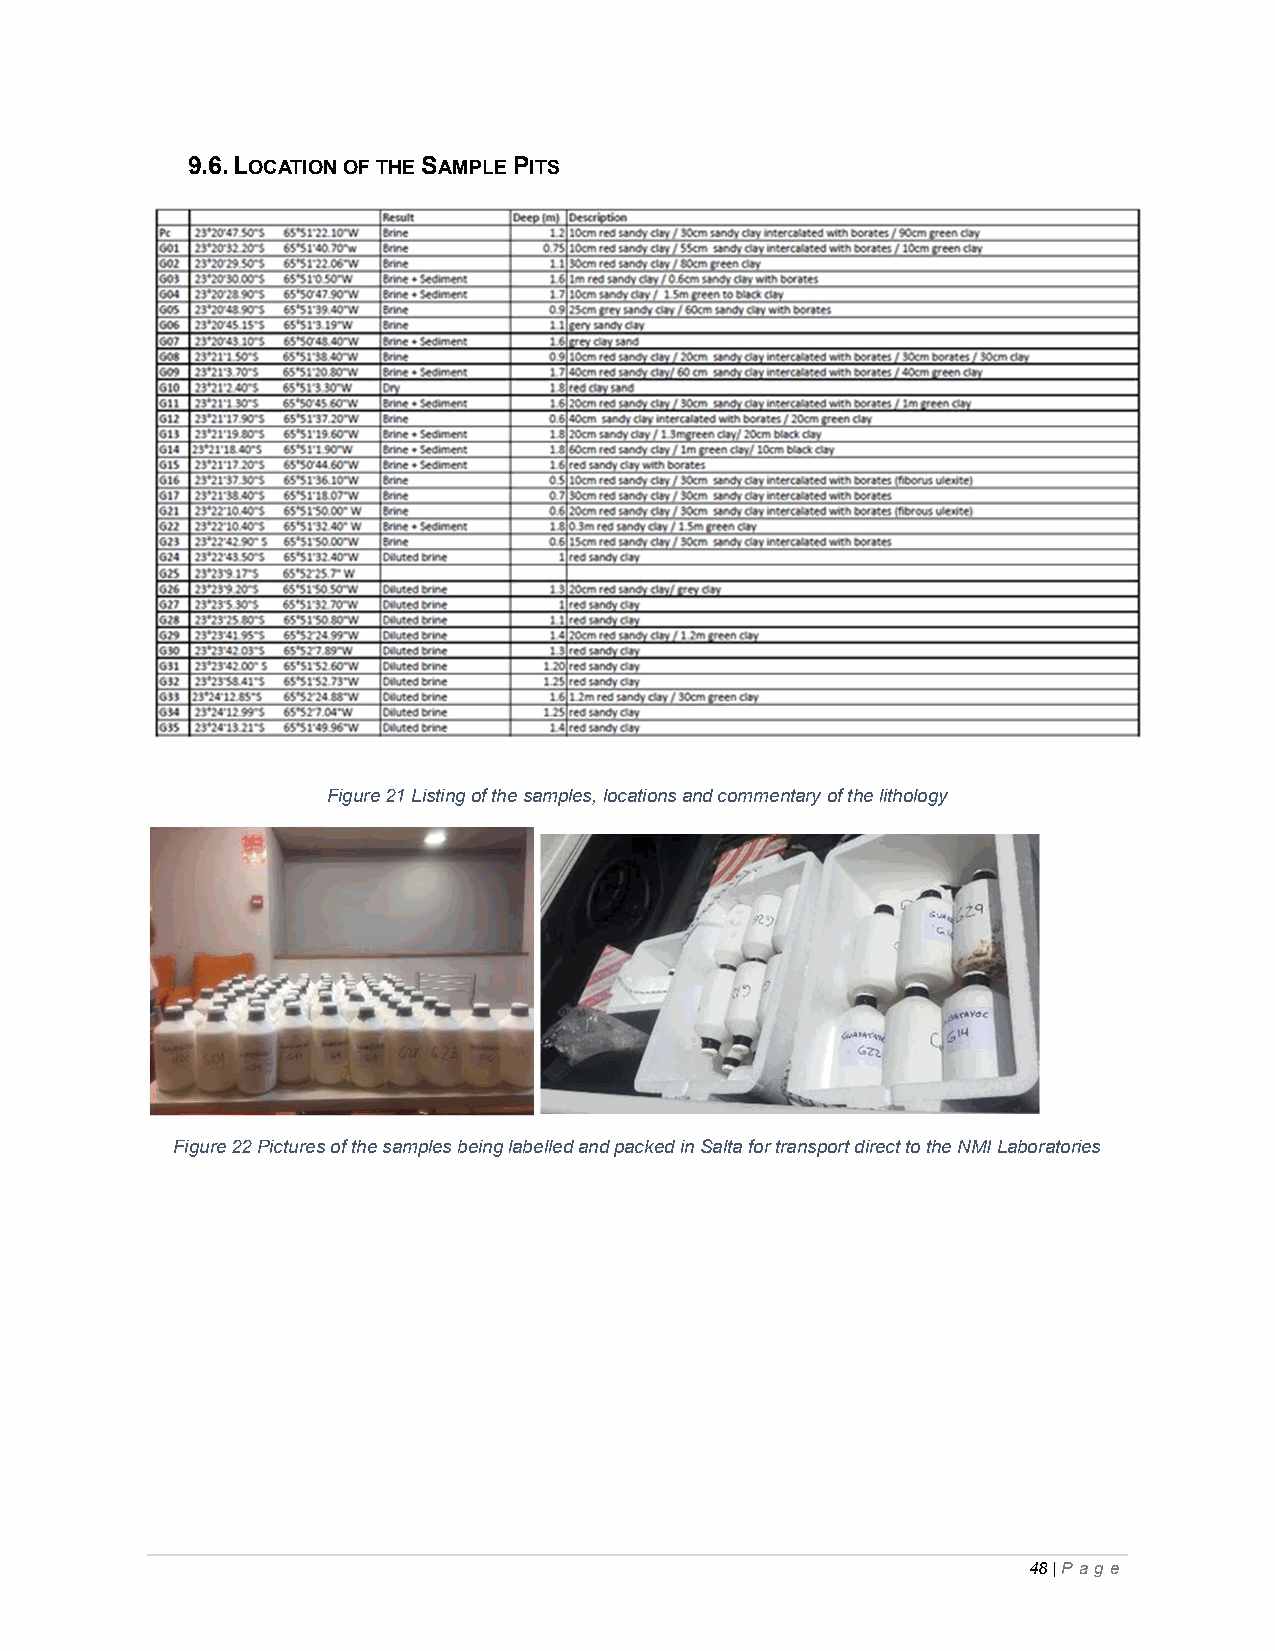
9.6. LOCATION OF THE SAMPLE PITS
 Figure 21 Listing of the samples, locations and commentary of the lithology
 Figure 22 Pictures of the samples being labelled and packed in Salta for transport direct to the NMI Laboratories
 48 | P ag e